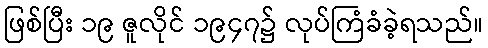
ဖြစ်ပြီး ၁၉ ဇူလိုင် ၁၉၄၇၌ လုပ်ကြံခံခဲ့ရသည်။